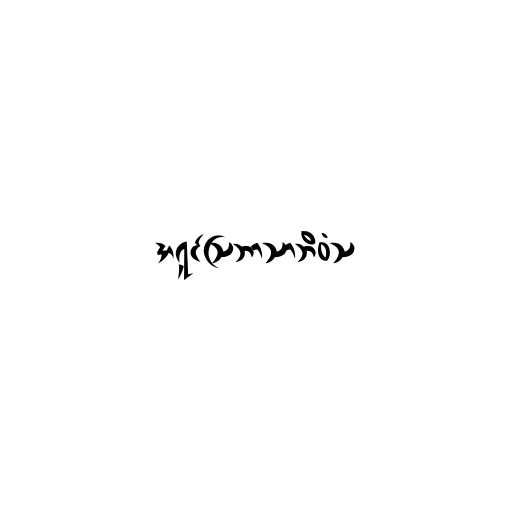
အရှင်သြဘာသာဘိဝံသ